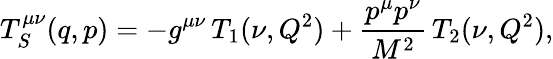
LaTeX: T_{S}^{\mu\nu}(q,p)=-g^{\mu\nu}\, T_{1}(\nu,Q^{2})+\frac{p^{\mu}p^{\nu}}{M^{2}}\, T_{2}(\nu,Q^{2}),